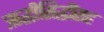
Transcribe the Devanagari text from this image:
ऋद्धीसिद्धींसह